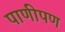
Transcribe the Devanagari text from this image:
पाणीपण